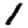
Digit: 1